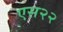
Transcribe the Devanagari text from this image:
एस२२